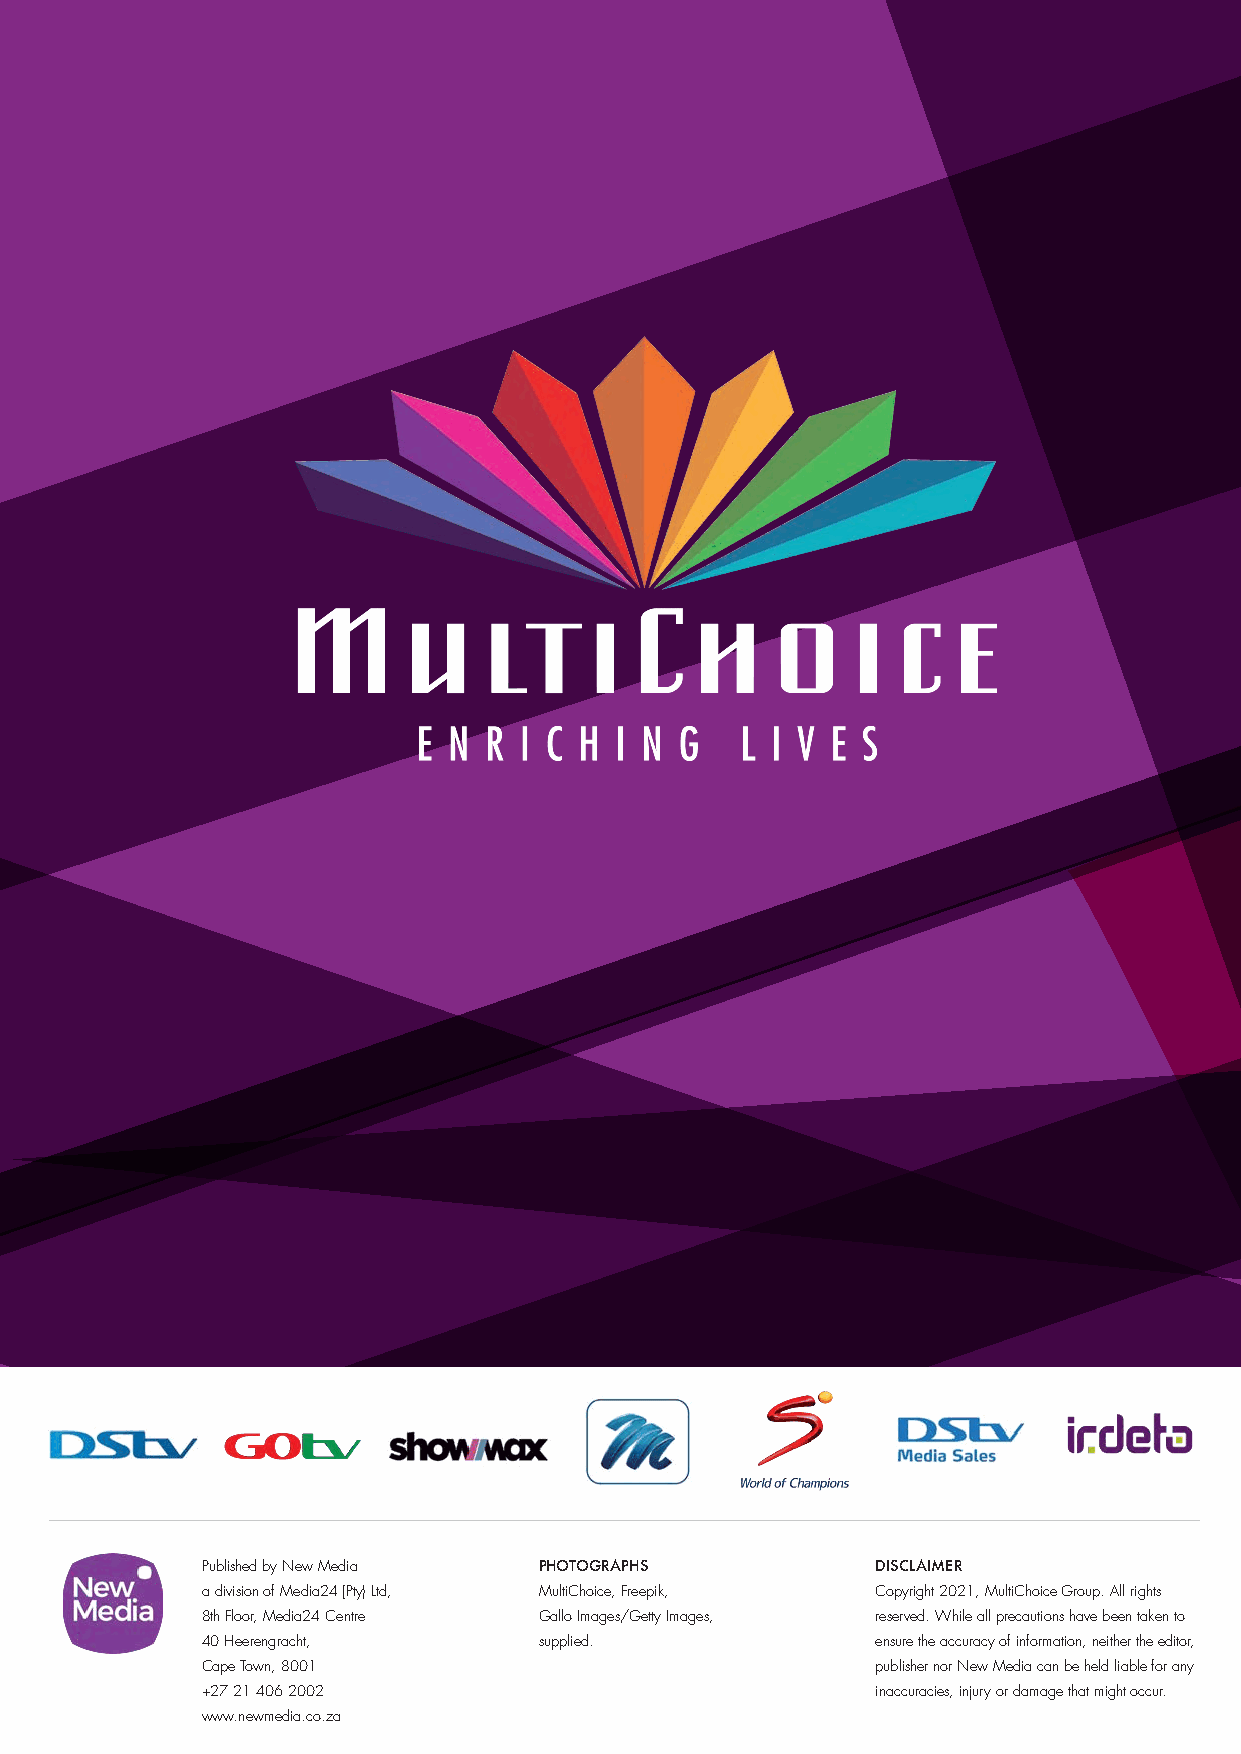
Published by New Media PHOTOGRAPHS           DISCLAIMER
 a division of Media24 (Pty) Ltd, MultiChoice, Freepik, Copyright 2021, MultiChoice Group. All rights
 8th Floor, Media24 Centre Gallo Images/Getty Images, reserved. While all precautions have been taken to
 40 Heerengracht,       supplied.             ensure the accuracy of information, neither the editor,
 Cape Town, 8001                              publisher nor New Media can be held liable for any
 +27 21 406 2002                              inaccuracies, injury or damage that might occur.
 www.newmedia.co.za